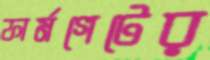
ফার্মগেটের